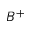
B ^ { + }